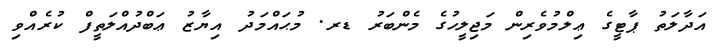
އަދާލަތު ޕާޓީގެ ޢިލްމުވެރިން މަޖިލީހުގެ މެންބަރު ޑރ. މުޙައްމަދު އިޔާޒު ޢަބްދުއްލަތީފް ކުރެއްވި